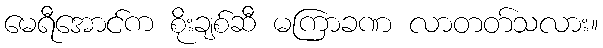
မေရီအောင်က စိုးချစ်ဆီ မကြာခဏ လာတတ်သလား။